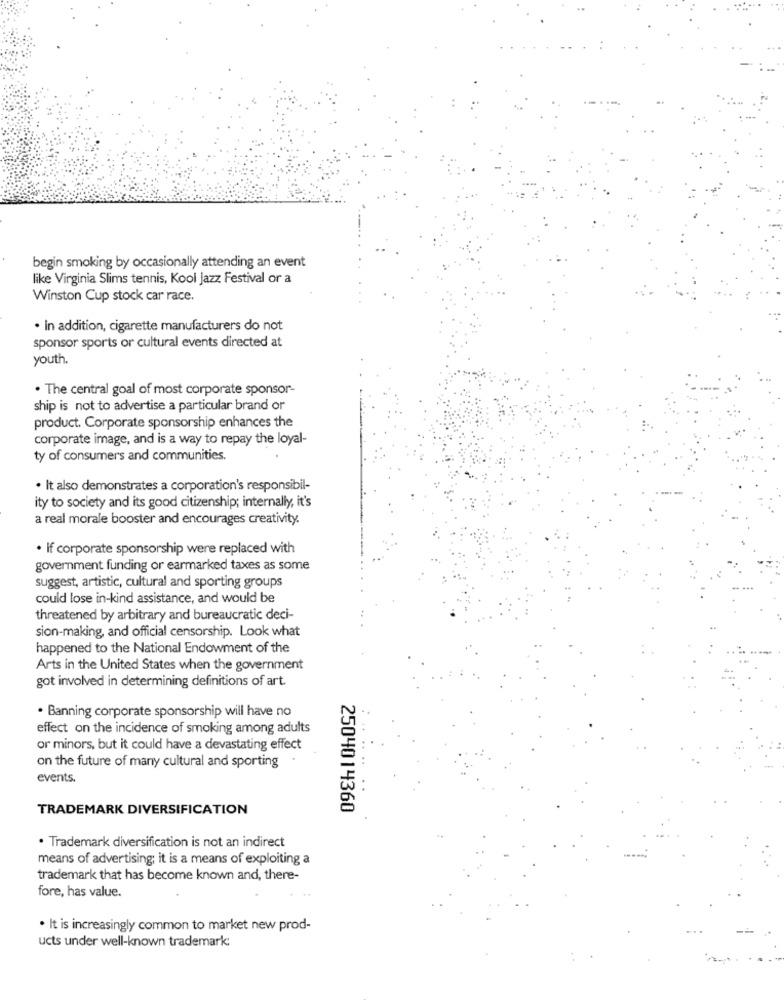
begin smoking by occasionally attending an event
like Virginia Slims tennis, Kool Jazz Festival or a
Winston Cup stock car race.
. In addition, cigarette manufacturers do not
sponsor sports or cultural events directed at
youth.
. The central goal of most corporate sponsor-
ship is not to advertise a particular brand or
product. Corporate sponsorship enhances the
corporate image, and is a way to repay the loyal-
ty of consumers and communities.
· It also demonstrates a corporation's responsibil-
ity to society and its good citizenship; internally, it's
a real morale booster and encourages creativity.
. If corporate sponsorship were replaced with
government funding or earmarked taxes as some
suggest, artistic, cultural and sporting groups
could lose in-kind assistance, and would be
threatened by arbitrary and bureaucratic deci-
sion-making, and official censorship. Look what
happened to the National Endowment of the
Arts in the United States when the government
got involved in determining definitions of art.
. Banning corporate sponsorship will have no
effect on the incidence of smoking among adults
or minors, but it could have a devastating effect
on the future of many cultural and sporting
events.
TRADEMARK DIVERSIFICATION
2504014360
· Trademark diversification is not an indirect
means of advertising; it is a means of exploiting a
trademark that has become known and, there-
fore, has value.
. It is increasingly common to market new prod-
ucts under well-known trademark: